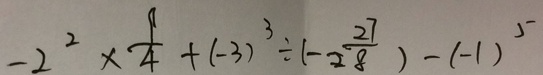
- 2 ^ { 2 } \times \frac { 9 } { 4 } + ( - 3 ) ^ { 3 } \div ( - 2 \frac { 2 7 } { 8 } ) - ( - 1 ) ^ { 5 }